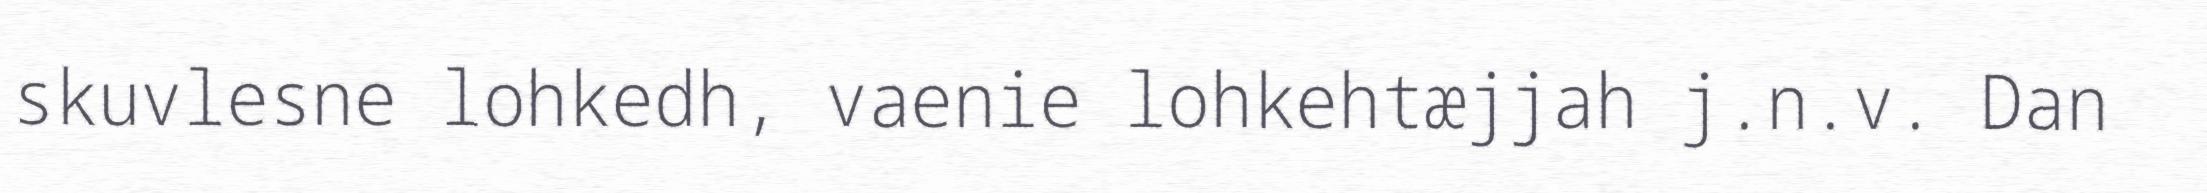
skuvlesne lohkedh, vaenie lohkehtæjjah j.n.v. Dan